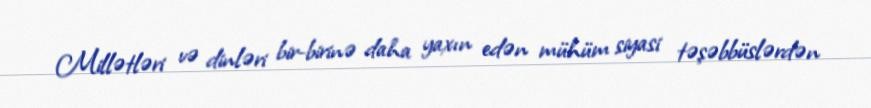
Millətləri və dinləri bir-birinə daha yaxın edən mühüm siyasi təşəbbüslərdən